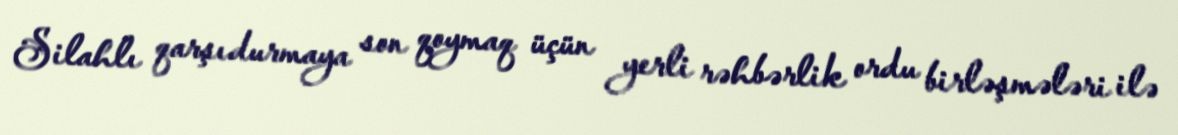
Silahlı qarşıdurmaya son qoymaq üçün yerli rəhbərlik ordu birləşmələri ilə